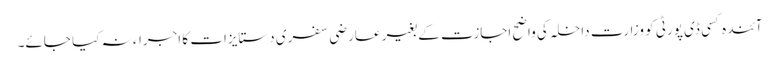
آئندہ کسی ڈی پورٹی کو وزارتِ داخلہ کی واضح اجازت کے بغیر عارضی سفری دستایزات کا اجراء نہ کیا جائے۔